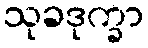
သုခဒုက္ခာ